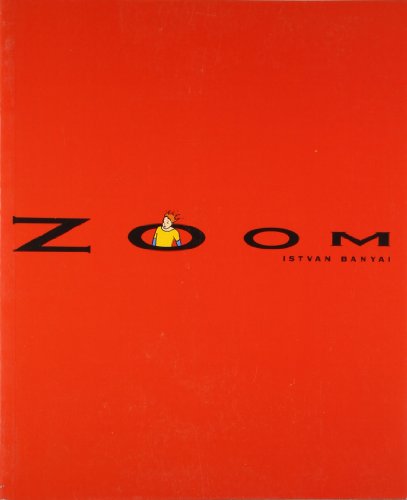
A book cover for Zoom (Picture Puffins); Istvan Banyai; Literature & Fiction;